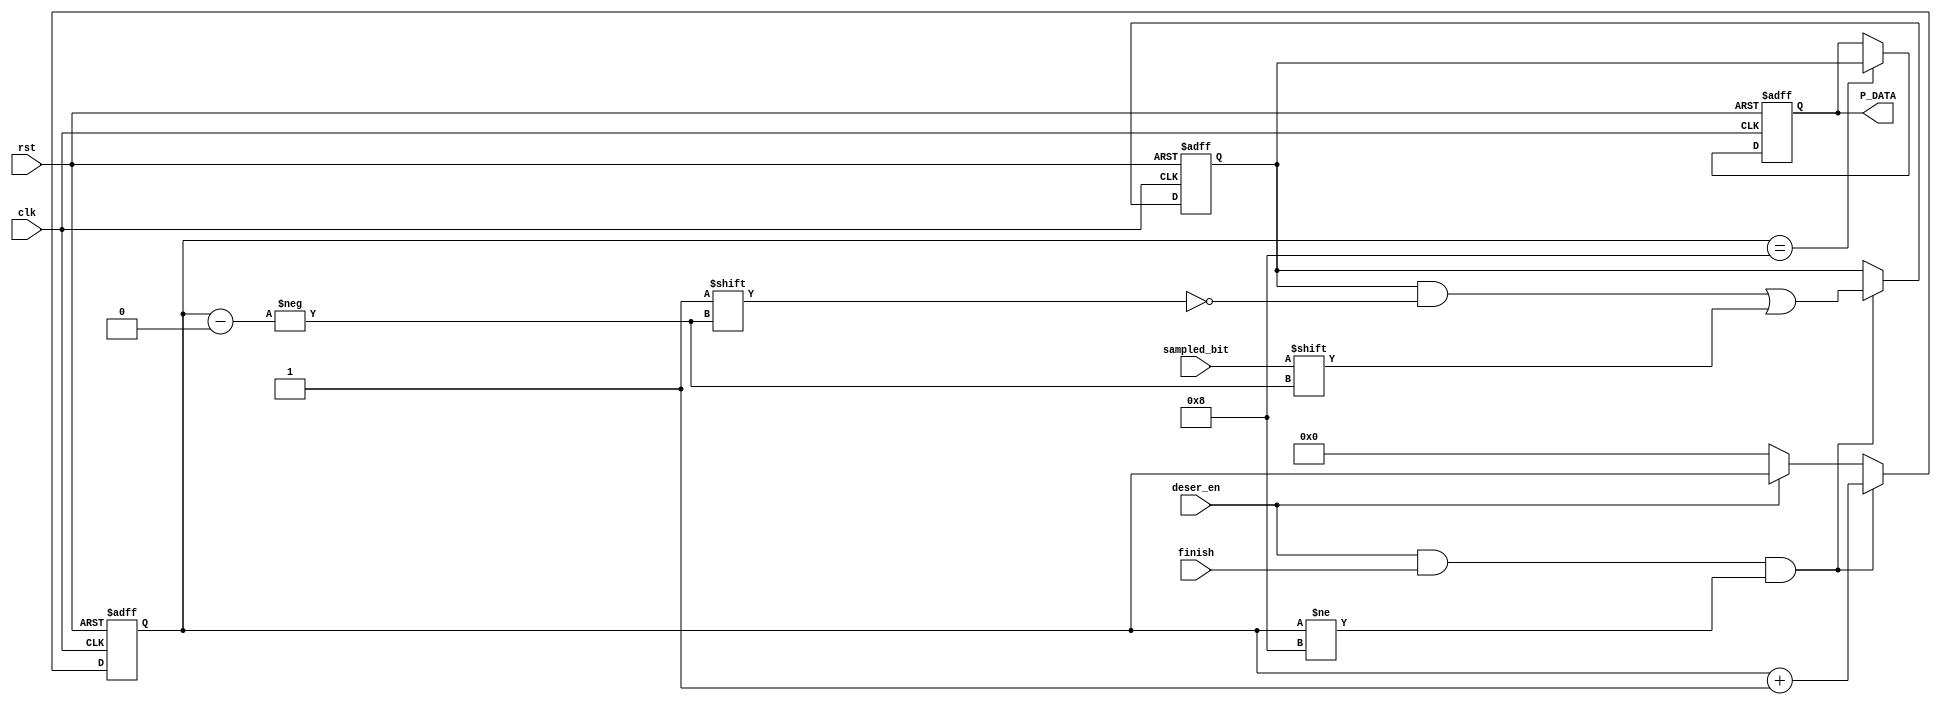
`timescale 1ns / 1ps


module deserializer (
    input sampled_bit,
    input deser_en,
    input finish,
    output reg [7:0] P_DATA,
    input clk,
    input rst
    );
    
    reg [7:0] register ;
    reg [3:0] i;
    
    always@(posedge clk or negedge rst ) begin
        if(!rst) begin
            register <= 0;
            i<=0;
        end 
        else if (deser_en && finish && i!=8 ) begin
            register [i] <= sampled_bit;
            i <= i+1;
                
        end
        else if (!deser_en) begin
            i<=0;
        end
    end
    
    always@(posedge clk or negedge rst) begin 
        if(!rst) begin
            P_DATA <= 0;
        end
        else if (i == 8) begin
            P_DATA <= register;
        end    
    end 
    
endmodule